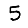
Digit: 5